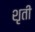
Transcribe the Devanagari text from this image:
शृती